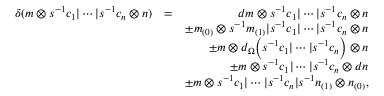
\begin{array} { r l r } { \delta ( m \otimes s ^ { - 1 } c _ { 1 } \vert \cdots \vert s ^ { - 1 } c _ { n } \otimes n ) } & { = } & { d m \otimes s ^ { - 1 } c _ { 1 } \vert \cdots \vert s ^ { - 1 } c _ { n } \otimes n } \\ & { } & { \pm m _ { ( 0 ) } \otimes s ^ { - 1 } m _ { ( 1 ) } \vert s ^ { - 1 } c _ { 1 } \vert \cdots \vert s ^ { - 1 } c _ { n } \otimes n } \\ & { } & { \pm m \otimes d _ { \Omega } \Big ( s ^ { - 1 } c _ { 1 } \vert \cdots \vert s ^ { - 1 } c _ { n } \Big ) \otimes n } \\ & { } & { \pm m \otimes s ^ { - 1 } c _ { 1 } \vert \cdots \vert s ^ { - 1 } c _ { n } \otimes d n } \\ & { } & { \pm m \otimes s ^ { - 1 } c _ { 1 } \vert \cdots \vert s ^ { - 1 } c _ { n } \vert s ^ { - 1 } n _ { ( 1 ) } \otimes n _ { ( 0 ) } , } \end{array}